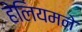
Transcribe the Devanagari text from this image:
हेलियमने